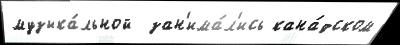
музыка́льной  зан'има́л'ись кана́дском